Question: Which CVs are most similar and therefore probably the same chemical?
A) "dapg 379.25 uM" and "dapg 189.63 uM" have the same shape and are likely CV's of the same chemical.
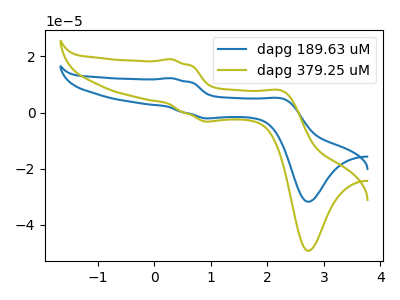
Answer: <think>The blue curve "dapg 189.63 uM" has anodic peaks at (0.30V, 12.25uA) (2.30V, 4.80uA) and cathodic peaks at (1.00V, -2.05uA) (2.75V, -31.75uA). The olive curve "dapg 379.25 uM" has anodic peaks at (0.30V, 19.00uA) (2.30V, 7.45uA) and cathodic peaks at (1.00V, -3.20uA) (2.75V, -49.25uA).
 All the peaks in "dapg 189.63 uM" have a peak in "dapg 379.25 uM" at the same potential. Every peak in "dapg 189.63 uM" is lower than every peak in "dapg 379.25 uM".</think>
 <answer>A) "dapg 379.25 uM" and "dapg 189.63 uM" have the same shape and are likely CV's of the same chemical.</answer>
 <eval>A</eval>